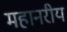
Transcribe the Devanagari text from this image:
महानरीय